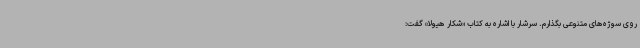
روی سوژه‌های متنوعی بگذارم. سرشار با اشاره به کتاب «شکار هیولا» گفت: